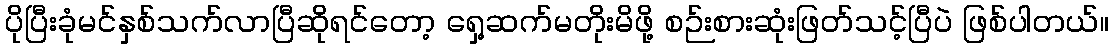
ပိုပြီးခုံမင်နှစ်သက်လာပြီဆိုရင်တော့ ရှေ့ဆက်မတိုးမိဖို့ စဉ်းစားဆုံးဖြတ်သင့်ပြီပဲ ဖြစ်ပါတယ်။